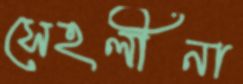
সেহলীনা